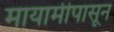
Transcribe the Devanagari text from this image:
मायामीपासून